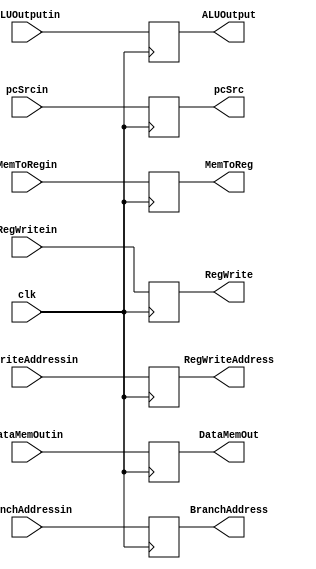
`timescale 1ns / 1ps


module MEMWB_Reg(
    output [31:0] DataMemOut,
    output [31:0] ALUOutput,
    output [4:0] RegWriteAddress,
	 output [31:0] BranchAddress,
	 output pcSrc,
    output MemToReg,
    output RegWrite,
    input clk,
    input [31:0] DataMemOutin,
    input [31:0] ALUOutputin,
    input [4:0] RegWriteAddressin,
	 input [31:0] BranchAddressin,
	 input pcSrcin,
    input MemToRegin,
    input RegWritein
    );
	 
	 
	 
	 reg [31:0]  tempDataMemOut;
	 reg [31:0]  tempALUOutput;
	 reg [4:0]   tempRegWriteAddress;
	 reg [31:0]  tempBranchAddress;
	 reg         temppcSrc;
	 reg         tempMemToReg;
	 reg         tempRegWrite;
	 
	 
	 always@(posedge clk)
	 begin
	     tempDataMemOut      = DataMemOutin;
		  tempALUOutput       = ALUOutputin;
		  tempRegWriteAddress = RegWriteAddressin;
		  tempBranchAddress   = BranchAddressin;
		  temppcSrc           = pcSrcin;
		  tempMemToReg        = MemToRegin;
		  tempRegWrite        = RegWritein;
	 end
	 
	 
	 assign DataMemOut      = tempDataMemOut;
	 assign ALUOutput       = tempALUOutput;
	 assign RegWriteAddress = tempRegWriteAddress;
	 assign BranchAddress   = tempBranchAddress;
	 assign pcSrc           = temppcSrc;
	 assign MemToReg        = tempMemToReg;
	 assign RegWrite        = tempRegWrite;


endmodule